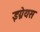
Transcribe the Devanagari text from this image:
इग्नेयस